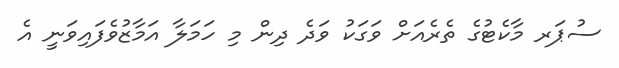
ސުޕަރ މާކެޓުގެ ތެރެއަށް ވަގަކު ވަދެ ދިން މި ހަމަލާ އަމާޒުވެފައިވަނީ އެ